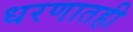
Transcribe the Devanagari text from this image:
धरणातही